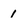
Character: 1